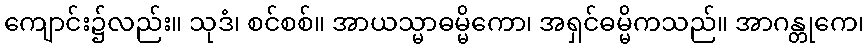
ကျောင်း၌လည်း။ သုဒံ၊ စင်စစ်။ အာယသ္မာဓမ္မိကော၊ အရှင်ဓမ္မိကသည်။ အာဂန္တုကေ၊